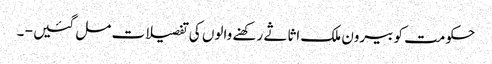
حکومت کو بیرون ملک اثاثے رکھنے والوں کی تفصیلات مل گئیں - ۔